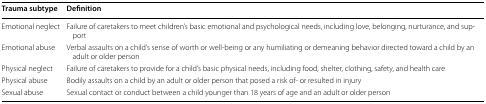
| Trauma subtype | Definition |
 | --- | --- |
 | Emotional neglect | Failure of caretakers to meet children’s basic emotional and psychological needs, including love, belonging, nurturance, and support |
 | Emotional abuse | Verbal assaults on a child’s sense of worth or well-being or any humiliating or demeaning behavior directed toward a child by an adult or older person |
 | Physical neglect | Failure of caretakers to provide for a child’s basic physical needs, including food, shelter, clothing, safety, and health care |
 | Physical abuse | Bodily assaults on a child by an adult or older person that posed a risk of- or resulted in injury |
 | Sexual abuse | Sexual contact or conduct between a child younger than 18 years of age and an adult or older person |